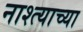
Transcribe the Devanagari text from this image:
नाश्त्याच्या